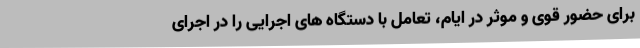
برای حضور قوی و موثر در ایام، تعامل با دستگاه های اجرایی را در اجرای